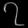
Digit: ၇